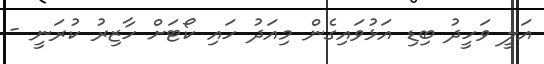
އަލީ ވަހީދު ބިޑި އަޅުވައިގެން މިއަދު ހައި ކޯޓަށް ހާޒިރު ކުރަނީ -